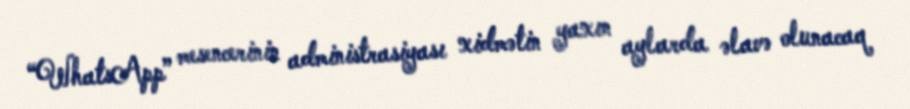
“WhatsApp” mesencerinin administrasiyası xidmətin yaxın aylarda əlavə olunacaq